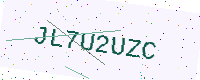
Text: JL7U2UZC